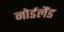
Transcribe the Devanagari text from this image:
नोर्डलैंड